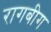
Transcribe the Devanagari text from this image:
रागबीग